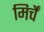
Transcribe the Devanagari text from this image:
मिर्चें